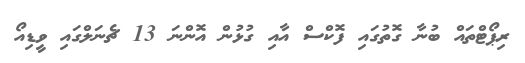
ރިޕޯޓްތައް ބުނާ ގޮތުގައި ފޮކްސް އާއި ގުޅުން އޮންނަ 13 ޗެނަލްގައި ވީޑިއޯ